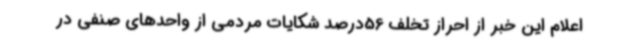
اعلام این خبر از احراز تخلف 56درصد شکایات مردمی از واحدهای صنفی در